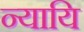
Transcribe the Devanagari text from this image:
न्यायि